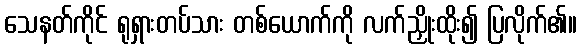
သေနတ်ကိုင် ရုရှားတပ်သား တစ်ယောက်ကို လက်ညှိုးထိုး၍ ပြလိုက်၏။